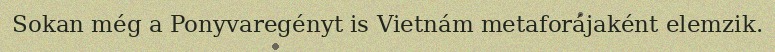
Sokan még a Ponyvaregényt is Vietnám metaforájaként elemzik.